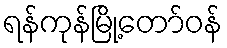
ရန်ကုန်မြို့တော်ဝန်